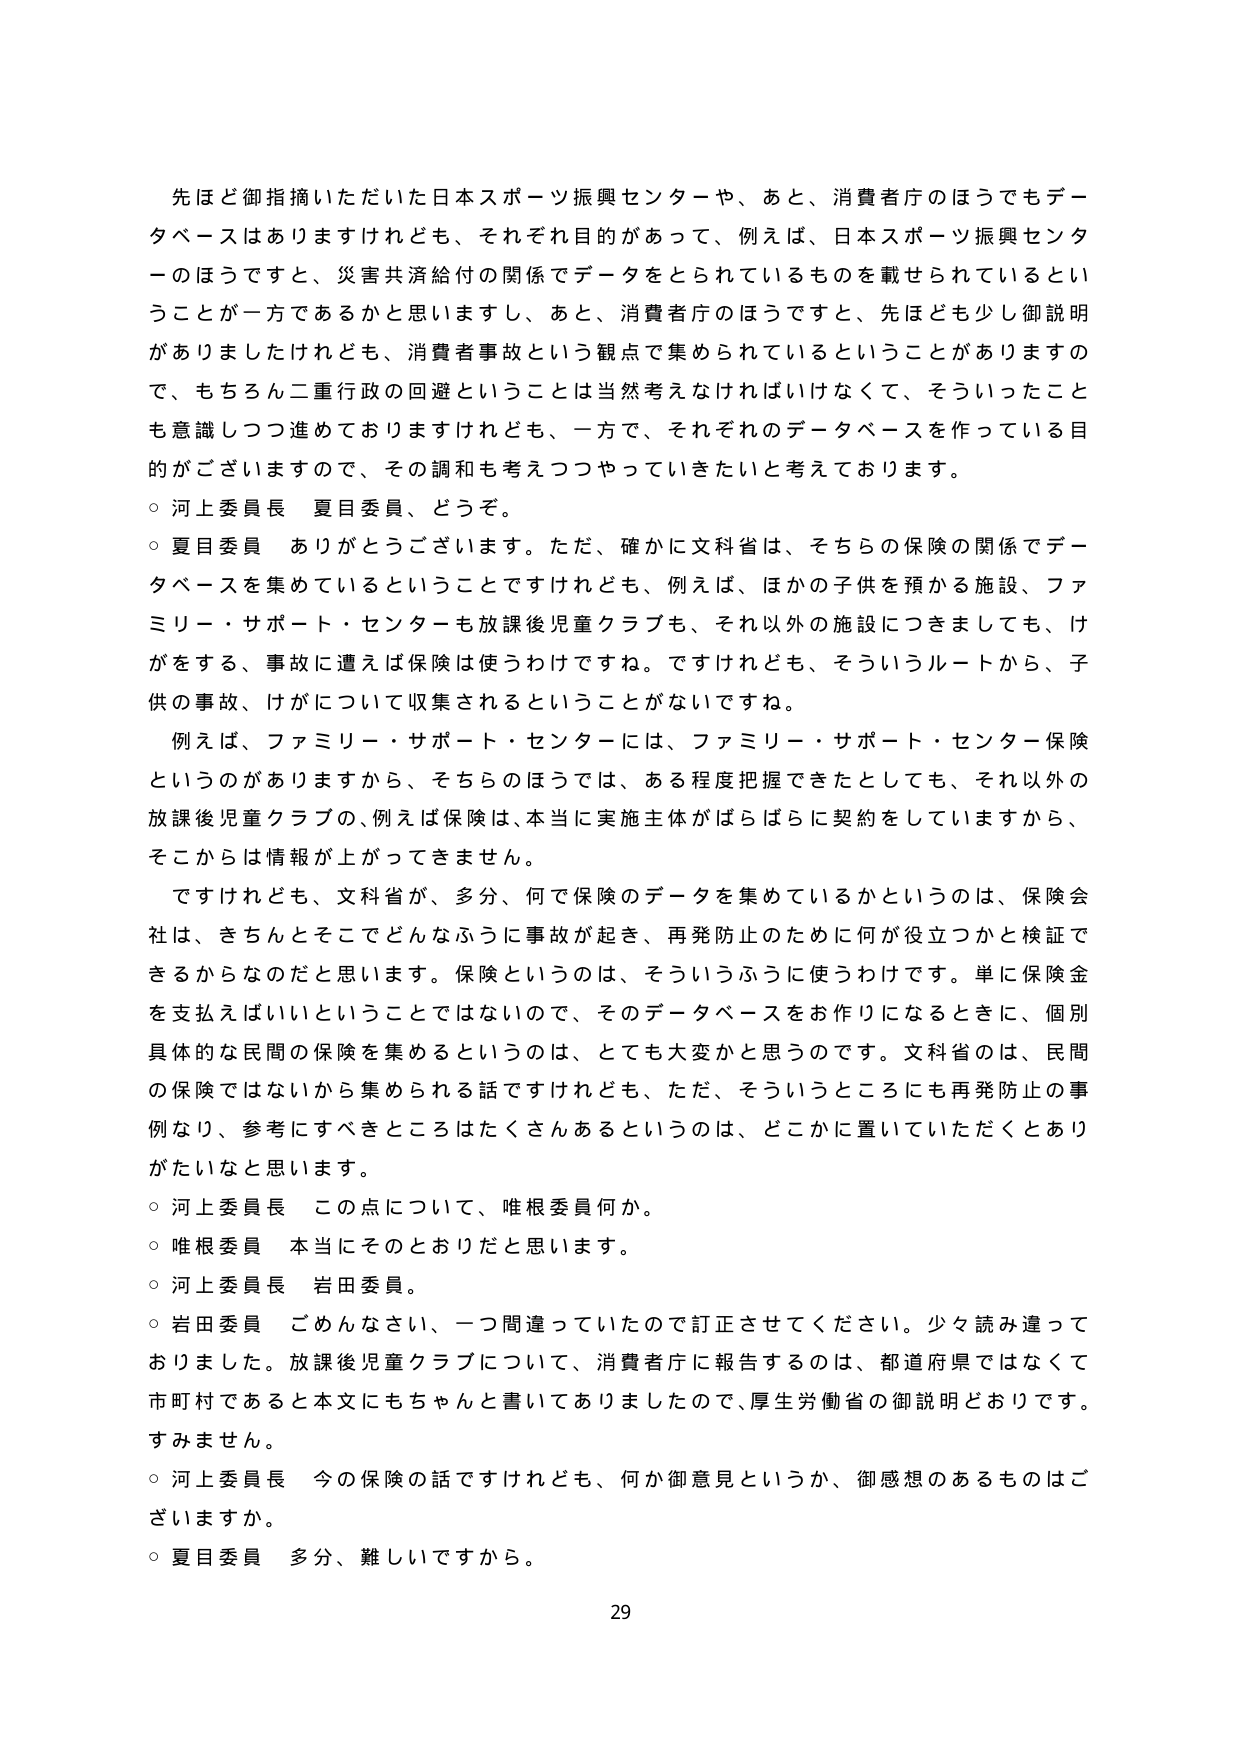
先ほど御指摘いただいた日本スポーツ振興センターや、あと、消費者庁のほうでもデータベースはありますけれども、それぞれ目的があって、例えば、日本スポーツ振興センターのほうですと、災害共済給付の関係でデータをとられているものを載せられているということが一方であるかと思いますし、あと、消費者庁のほうですと、先ほども少し御説明がありましたけれども、消費者事故という観点で集められているということがありますので、もちろん二重行政の回避ということは当然考えなければいけなくて、そういったことも意識しつつ進めておりますけれども、一方で、それぞれのデータベースを作っている目的がございますので、その調和も考えつつやっていきたいと考えております。

○ 河上委員長 夏目委員、どうぞ。

○ 夏目委員 ありがとうございます。ただ、確かに文科省は、そちらの保険の関係でデータベースを集めているということですけれども、例えば、ほかの子供を預かる施設、ファミリー・サポート・センターも放課後児童クラブも、それ以外の施設につきましても、けがをする、事故に遭えば保険は使うわけですね。ですけれども、そういうルートから、子供の事故、けがについて収集されるということがないですね。

例えば、ファミリー・サポート・センターには、ファミリー・サポート・センター保険というのがありますから、そちらのほうでは、ある程度把握できたとしても、それ以外の放課後児童クラブの、例えば保険は、本当に実施主体がばらばらに契約をしていますから、そこからは情報が上がってきません。

ですけれども、文科省が、多分、何で保険のデータを集めているかというのは、保険会社は、きちんとそこでどんなふうに事故が起き、再発防止のために何が役立つかと検証できるからなのだと思います。保険というのは、そういうふうに使うわけです。単に保険金を支払えばいいということではないので、そのデータベースをお作りになるときに、個別具体的な民間の保険を集めるというのは、とても大変かと思うのです。文科省のは、民間の保険ではないから集められる話ですけれども、ただ、そういうところにも再発防止の事例なり、参考にすべきところはたくさんあるというのは、どこかに置いていただくとありがたいなと思います。

○ 河上委員長 この点について、唯根委員何か。

○ 唯根委員 本当にそのとおりだと思います。

○ 河上委員長 岩田委員。

○ 岩田委員 ごめんなさい、一つ間違っていたので訂正させてください。少々読み違えておりました。放課後児童クラブについて、消費者庁に報告するのは、都道府県ではなくて市町村であると本文にもちゃんと書いてありましたので、厚生労働省の御説明どおりです。すみません。

○ 河上委員長 今の保険の話ですけれども、何か御意見というか、御感想のあるものはございますか。

○ 夏目委員 多分、難しいですから。

29